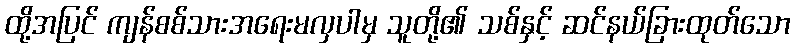
ထို့အပြင် ကျန်စစ်သားအရေးမလှပါမှ သူတို့၏ သစ်နှင့် ဆင်နယ်ခြားထုတ်သော